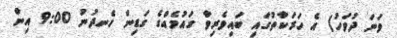
ވަނަ ދުވަހު) އެ ހަރަކާތުގައި ބައިވެރިވާ ގައުމެއްގެ ގަޑިން ހެނދުނު 9:00 އިން